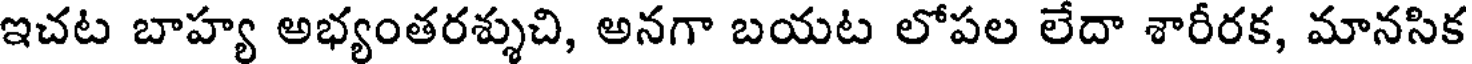
ఇచట బాహ్య అభ్యంతరశ్శుచి, అనగా బయట లోపల లేదా శారీరక, మానసిక